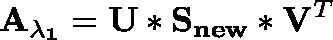
\mathbf { A _ { \lambda _ { 1 } } } = \mathbf { U } * \mathbf { S _ { n e w } } * \mathbf { V } ^ { T }